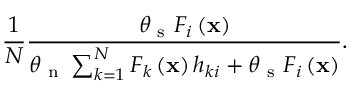
\frac { 1 } { N } \frac { \theta _ { \mathrm { ~ s ~ } } F _ { i } \left( \mathbf { x } \right) } { \theta _ { \mathrm { ~ n ~ } } \sum _ { k = 1 } ^ { N } F _ { k } \left( \mathbf { x } \right) h _ { k i } + \theta _ { \mathrm { ~ s ~ } } F _ { i } \left( \mathbf { x } \right) } .